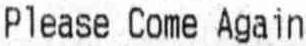
PLEASE COME AGAIN